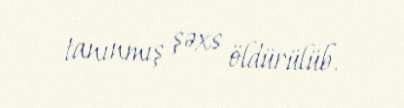
tanınmış şəxs öldürülüb.